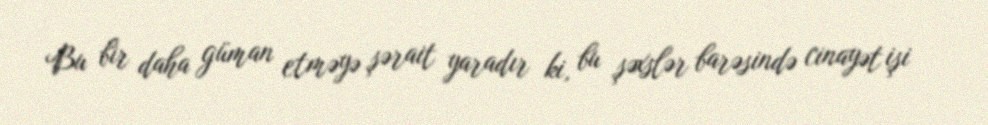
Bu bir daha güman etməyə şərait yaradır ki, bu şəxslər barəsində cinayət işi